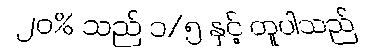
၂၀% သည် ၁/၅ နှင့် တူပါသည်